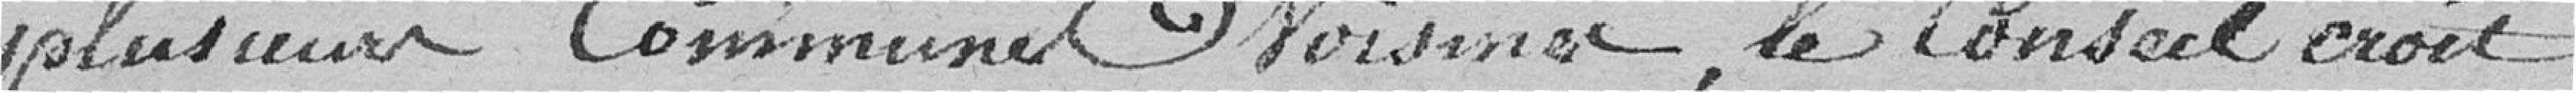
plusieurs communes voisines, le Conseil croit